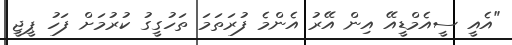
"އެއީ ސީއެމްޑީއޭ އިން އޭރު އެންމެ ފުރަތަމަ ތަހުގީގު ކުރުމަށް ފަހު ޕީޖީ